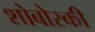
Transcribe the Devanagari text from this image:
शोबोस्की